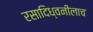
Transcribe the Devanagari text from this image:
रसादिध्वनीलाच